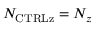
N _ { \mathrm { { C T R L z } } } = N _ { z }